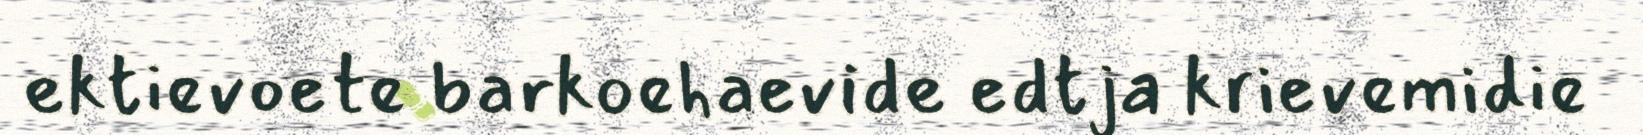
ektievoete barkoehaevide edtja krievemidie